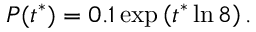
\begin{array} { r } { P ( t ^ { * } ) = 0 . 1 \exp \left( t ^ { * } \ln { 8 } \right) . } \end{array}